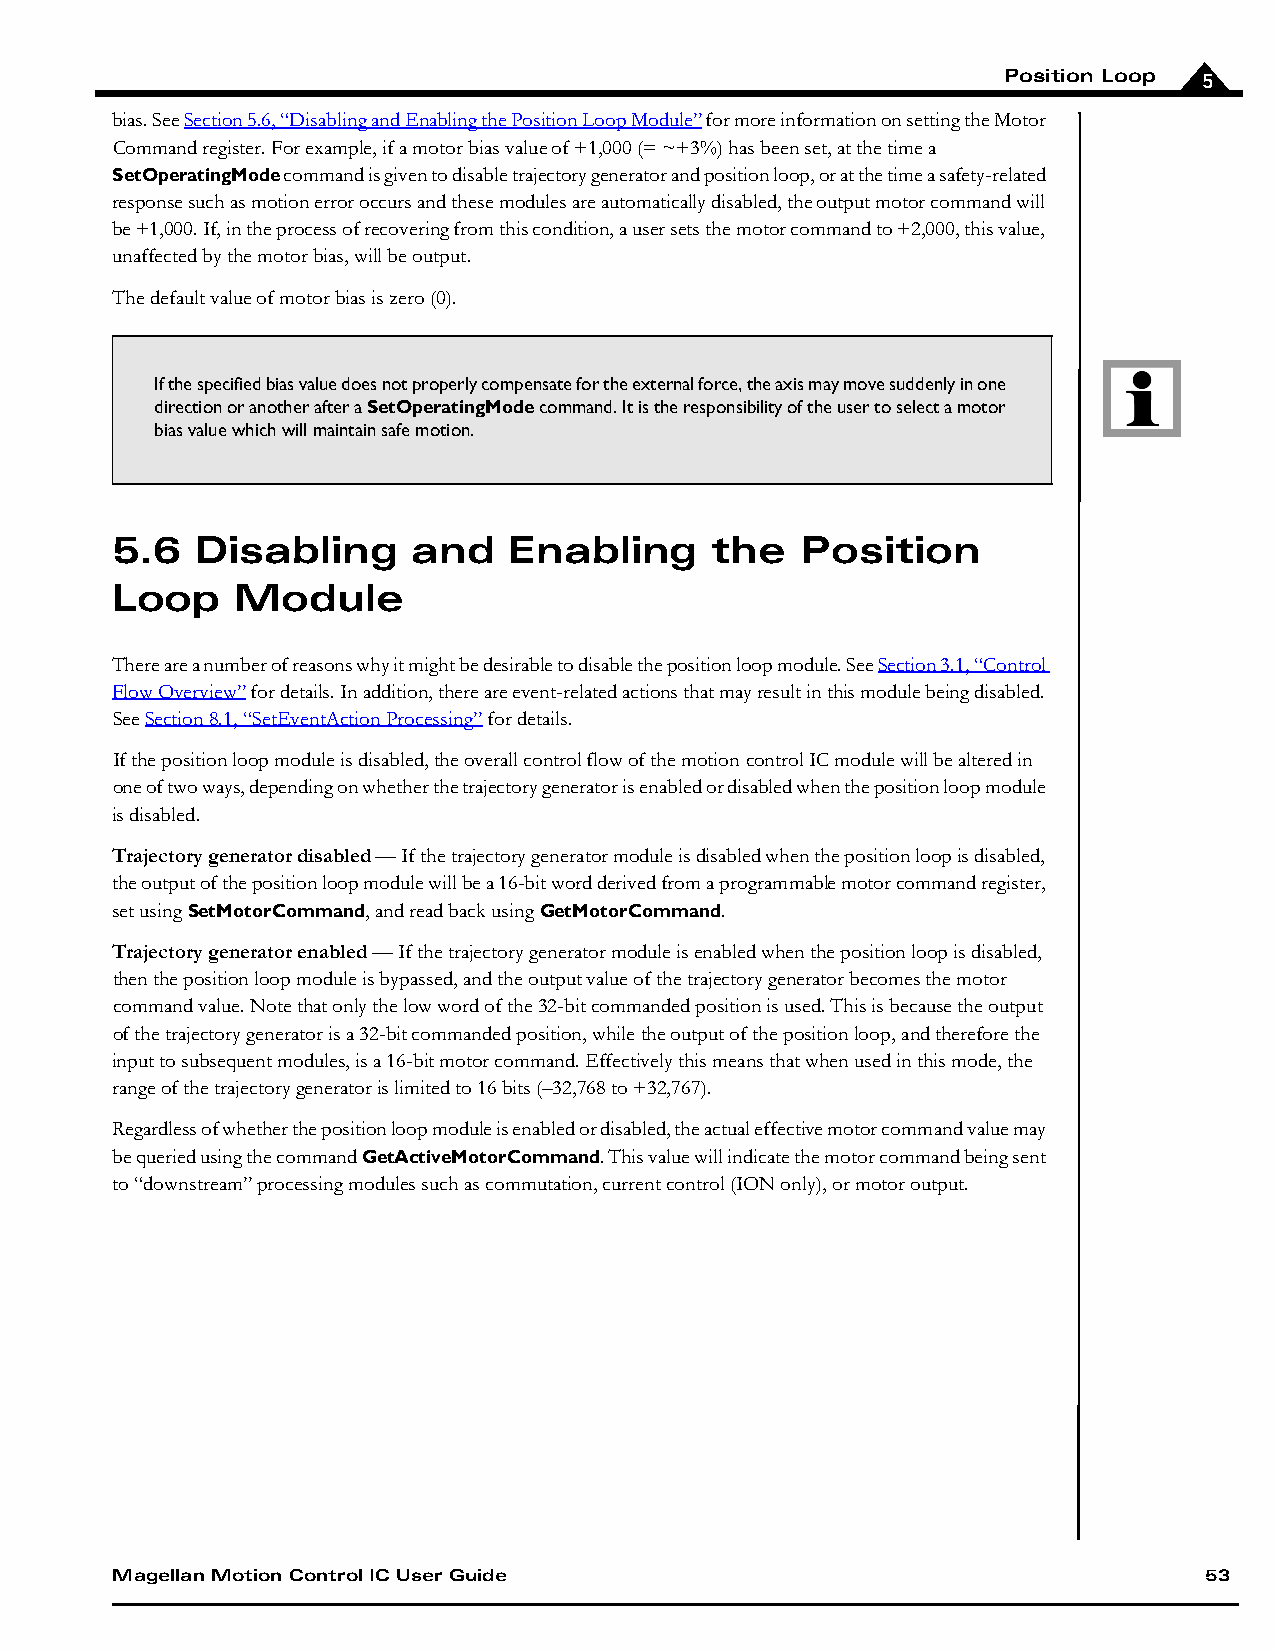
Position Loop 5
 bias. See Section 5.6, “Disabling and Enabling the Position Loop Module” for more information on setting the Motor
 Command register. For example, if a motor bias value of +1,000 (= ~+3%) has been set, at the time a
 SetOperatingMode command is given to disable trajectory generator and position loop, or at the time a safety-related
 response such as motion error occurs and these modules are automatically disabled, the output motor command will
 be +1,000. If, in the process of recovering from this condition, a user sets the motor command to +2,000, this value,
 unaffected by the motor bias, will be output.
 The default value of motor bias is zero (0).
 If the specified bias value does not properly compensate for the external force, the axis may move suddenly in one
 direction or another after a SetOperatingMode command. It is the responsibility of the user to select a motor
 bias value which will maintain safe motion.
 5.6   Disabling     and    Enabling     the   Position
 Loop     Module
 There are a number of reasons why it might be desirable to disable the position loop module. See Section 3.1, “Control
 Flow Overview” for details. In addition, there are event-related actions that may result in this module being disabled.
 See Section 8.1, “SetEventAction Processing” for details.
 If the position loop module is disabled, the overall control flow of the motion control IC module will be altered in
 one of two ways, depending on whether the trajectory generator is enabled or disabled when the position loop module
 is disabled.
 Trajectory generator disabled — If the trajectory generator module is disabled when the position loop is disabled,
 the output of the position loop module will be a 16-bit word derived from a programmable motor command register,
 set using SetMotorCommand, and read back using GetMotorCommand.
 Trajectory generator enabled — If the trajectory generator module is enabled when the position loop is disabled,
 then the position loop module is bypassed, and the output value of the trajectory generator becomes the motor
 command value. Note that only the low word of the 32-bit commanded position is used. This is because the output
 of the trajectory generator is a 32-bit commanded position, while the output of the position loop, and therefore the
 input to subsequent modules, is a 16-bit motor command. Effectively this means that when used in this mode, the
 range of the trajectory generator is limited to 16 bits (–32,768 to +32,767).
 Regardless of whether the position loop module is enabled or disabled, the actual effective motor command value may
 be queried using the command GetActiveMotorCommand. This value will indicate the motor command being sent
 to “downstream” processing modules such as commutation, current control (ION only), or motor output.
 Magellan Motion Control IC User Guide                                    53